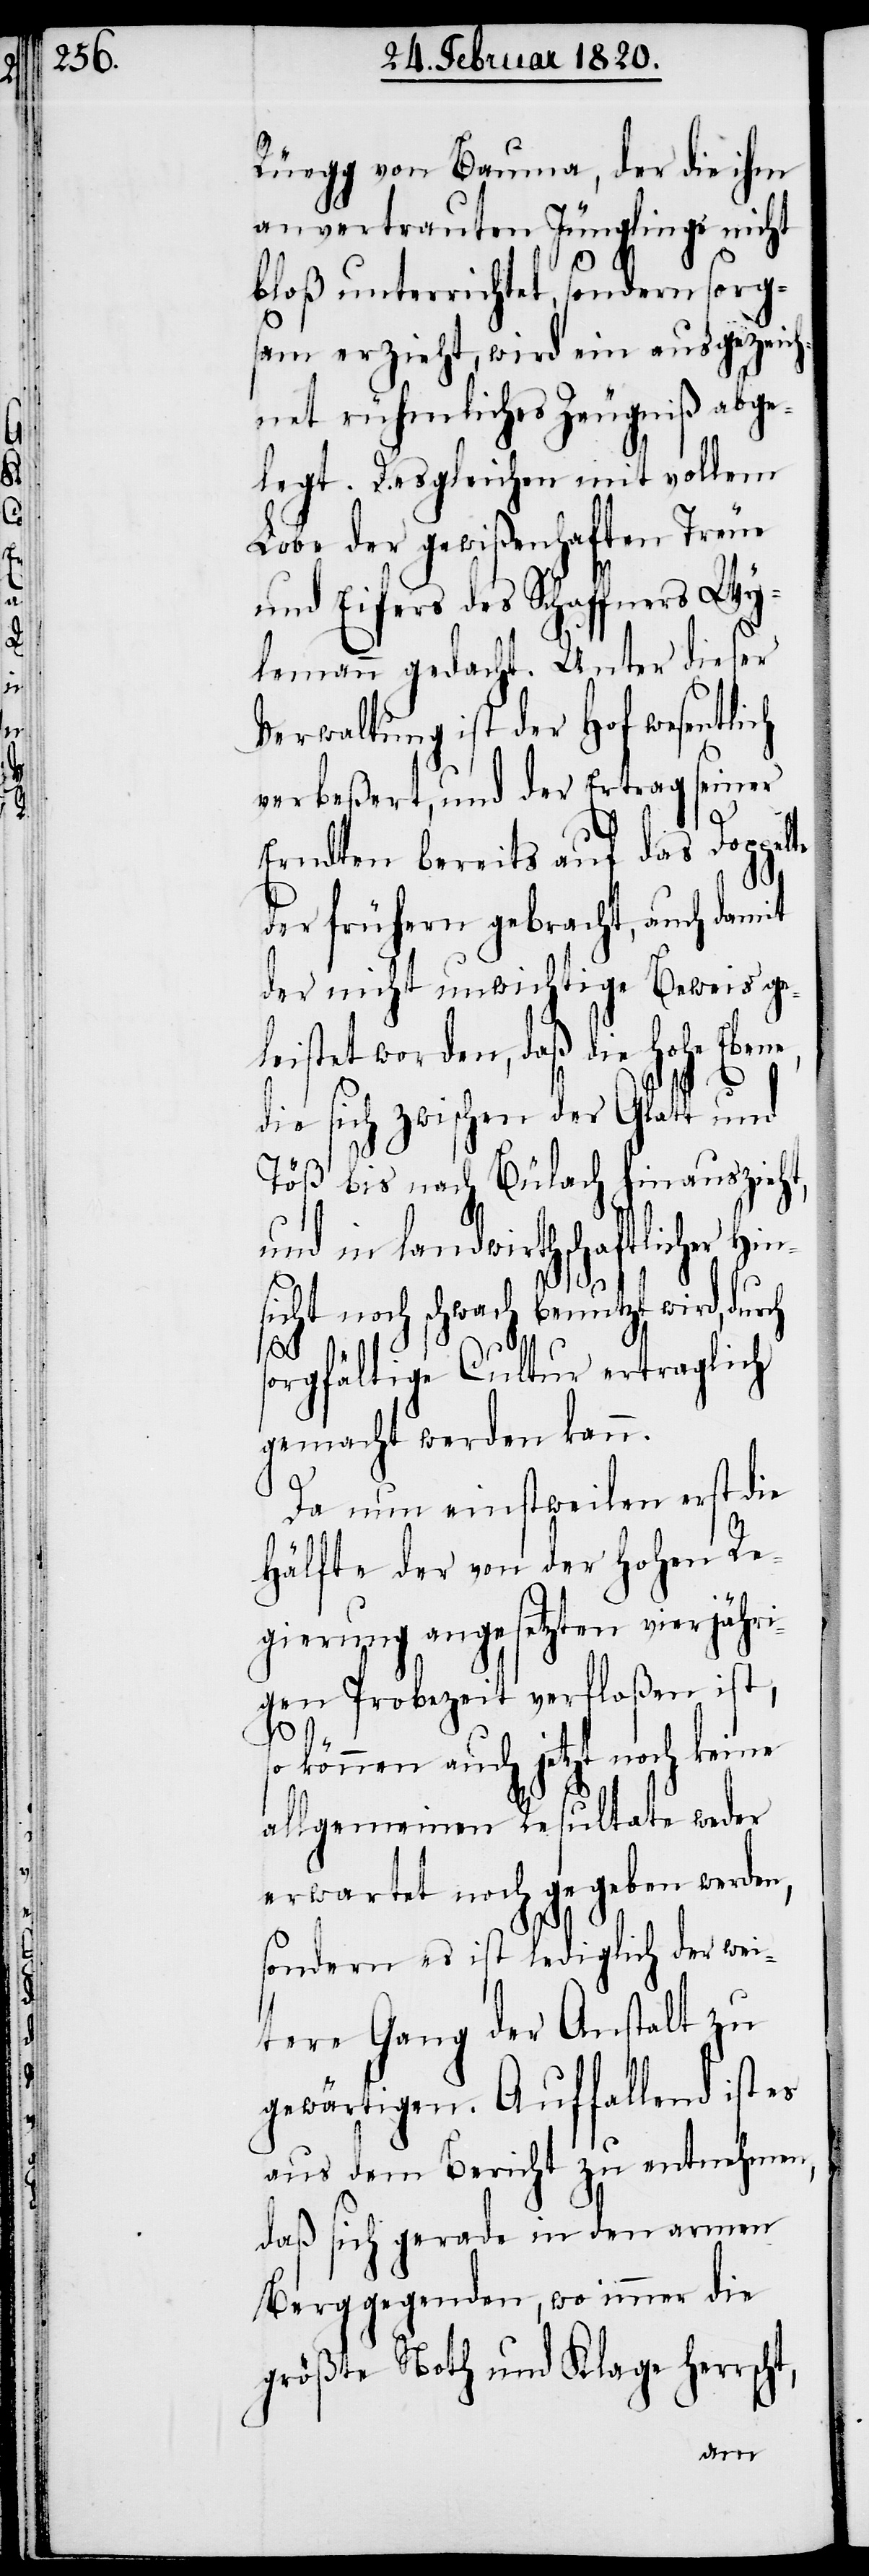
e,

Rüegg von Bauma, der die ihm
anvertrauten Jünglinge nicht
te
bloß unterrichtet, sondern sorg¬
sam erzieht, wird ein ausgezeich¬
net rühmliches Zeugniß abge¬
legt. Desgleichen mit vollem
Lobe der gewißenhaften Treue
und Eifers des Schaffners Wy¬
lemann gedacht. Unter dieser
Verwaltung ist der Hof wesentlich
verbeßert, und der Ertrag seiner
Erndten bereits auf das Doppel¬
der frühern gebracht, auch damit
der nicht unwichtige Beweis gel¬
eistet worden, daß die Hohe Eben¬
die sich zwischen der Glatt und
Töß bis nach Bülach hinauszieht,
und in landwirthschaftlicher Hin¬
sicht noch schwach benutzt wird, durch
ht,
orgfältige Cultur ertraglich
gemacht werden kann.
Da nun einstweilen erst die
Hälfte der von der Hohen Re¬
gierung angesetzten vierjähri¬
gen Probezeit verfloßen ist,
können auch jetzt noch keine
allgemeinen Resultate weder
erwartet noch gegeben werden,
sondern es ist lediglich der wei¬
tere Gang der Anstalt zu
gewärtigen. Auffallend ist es
aus dem Bericht zu entnehmen,
daß sich gerade in den armen
Berggegenden, wo immer die
größte Noth und Klage herrsc¬